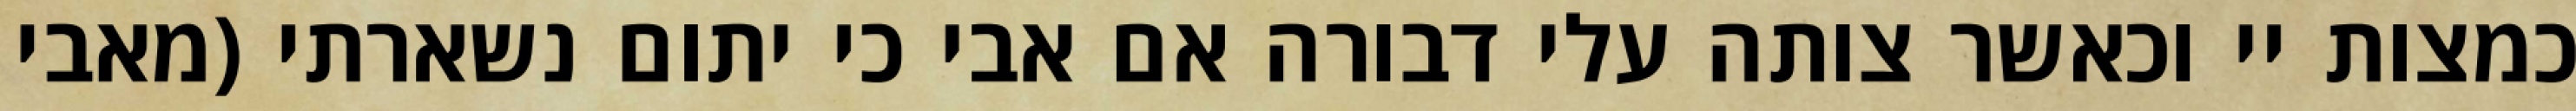
כמצות יי וכאשר צותה עלי דבורה אם אבי כי יתום נשארתי (מאבי